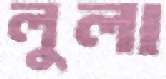
লুলা